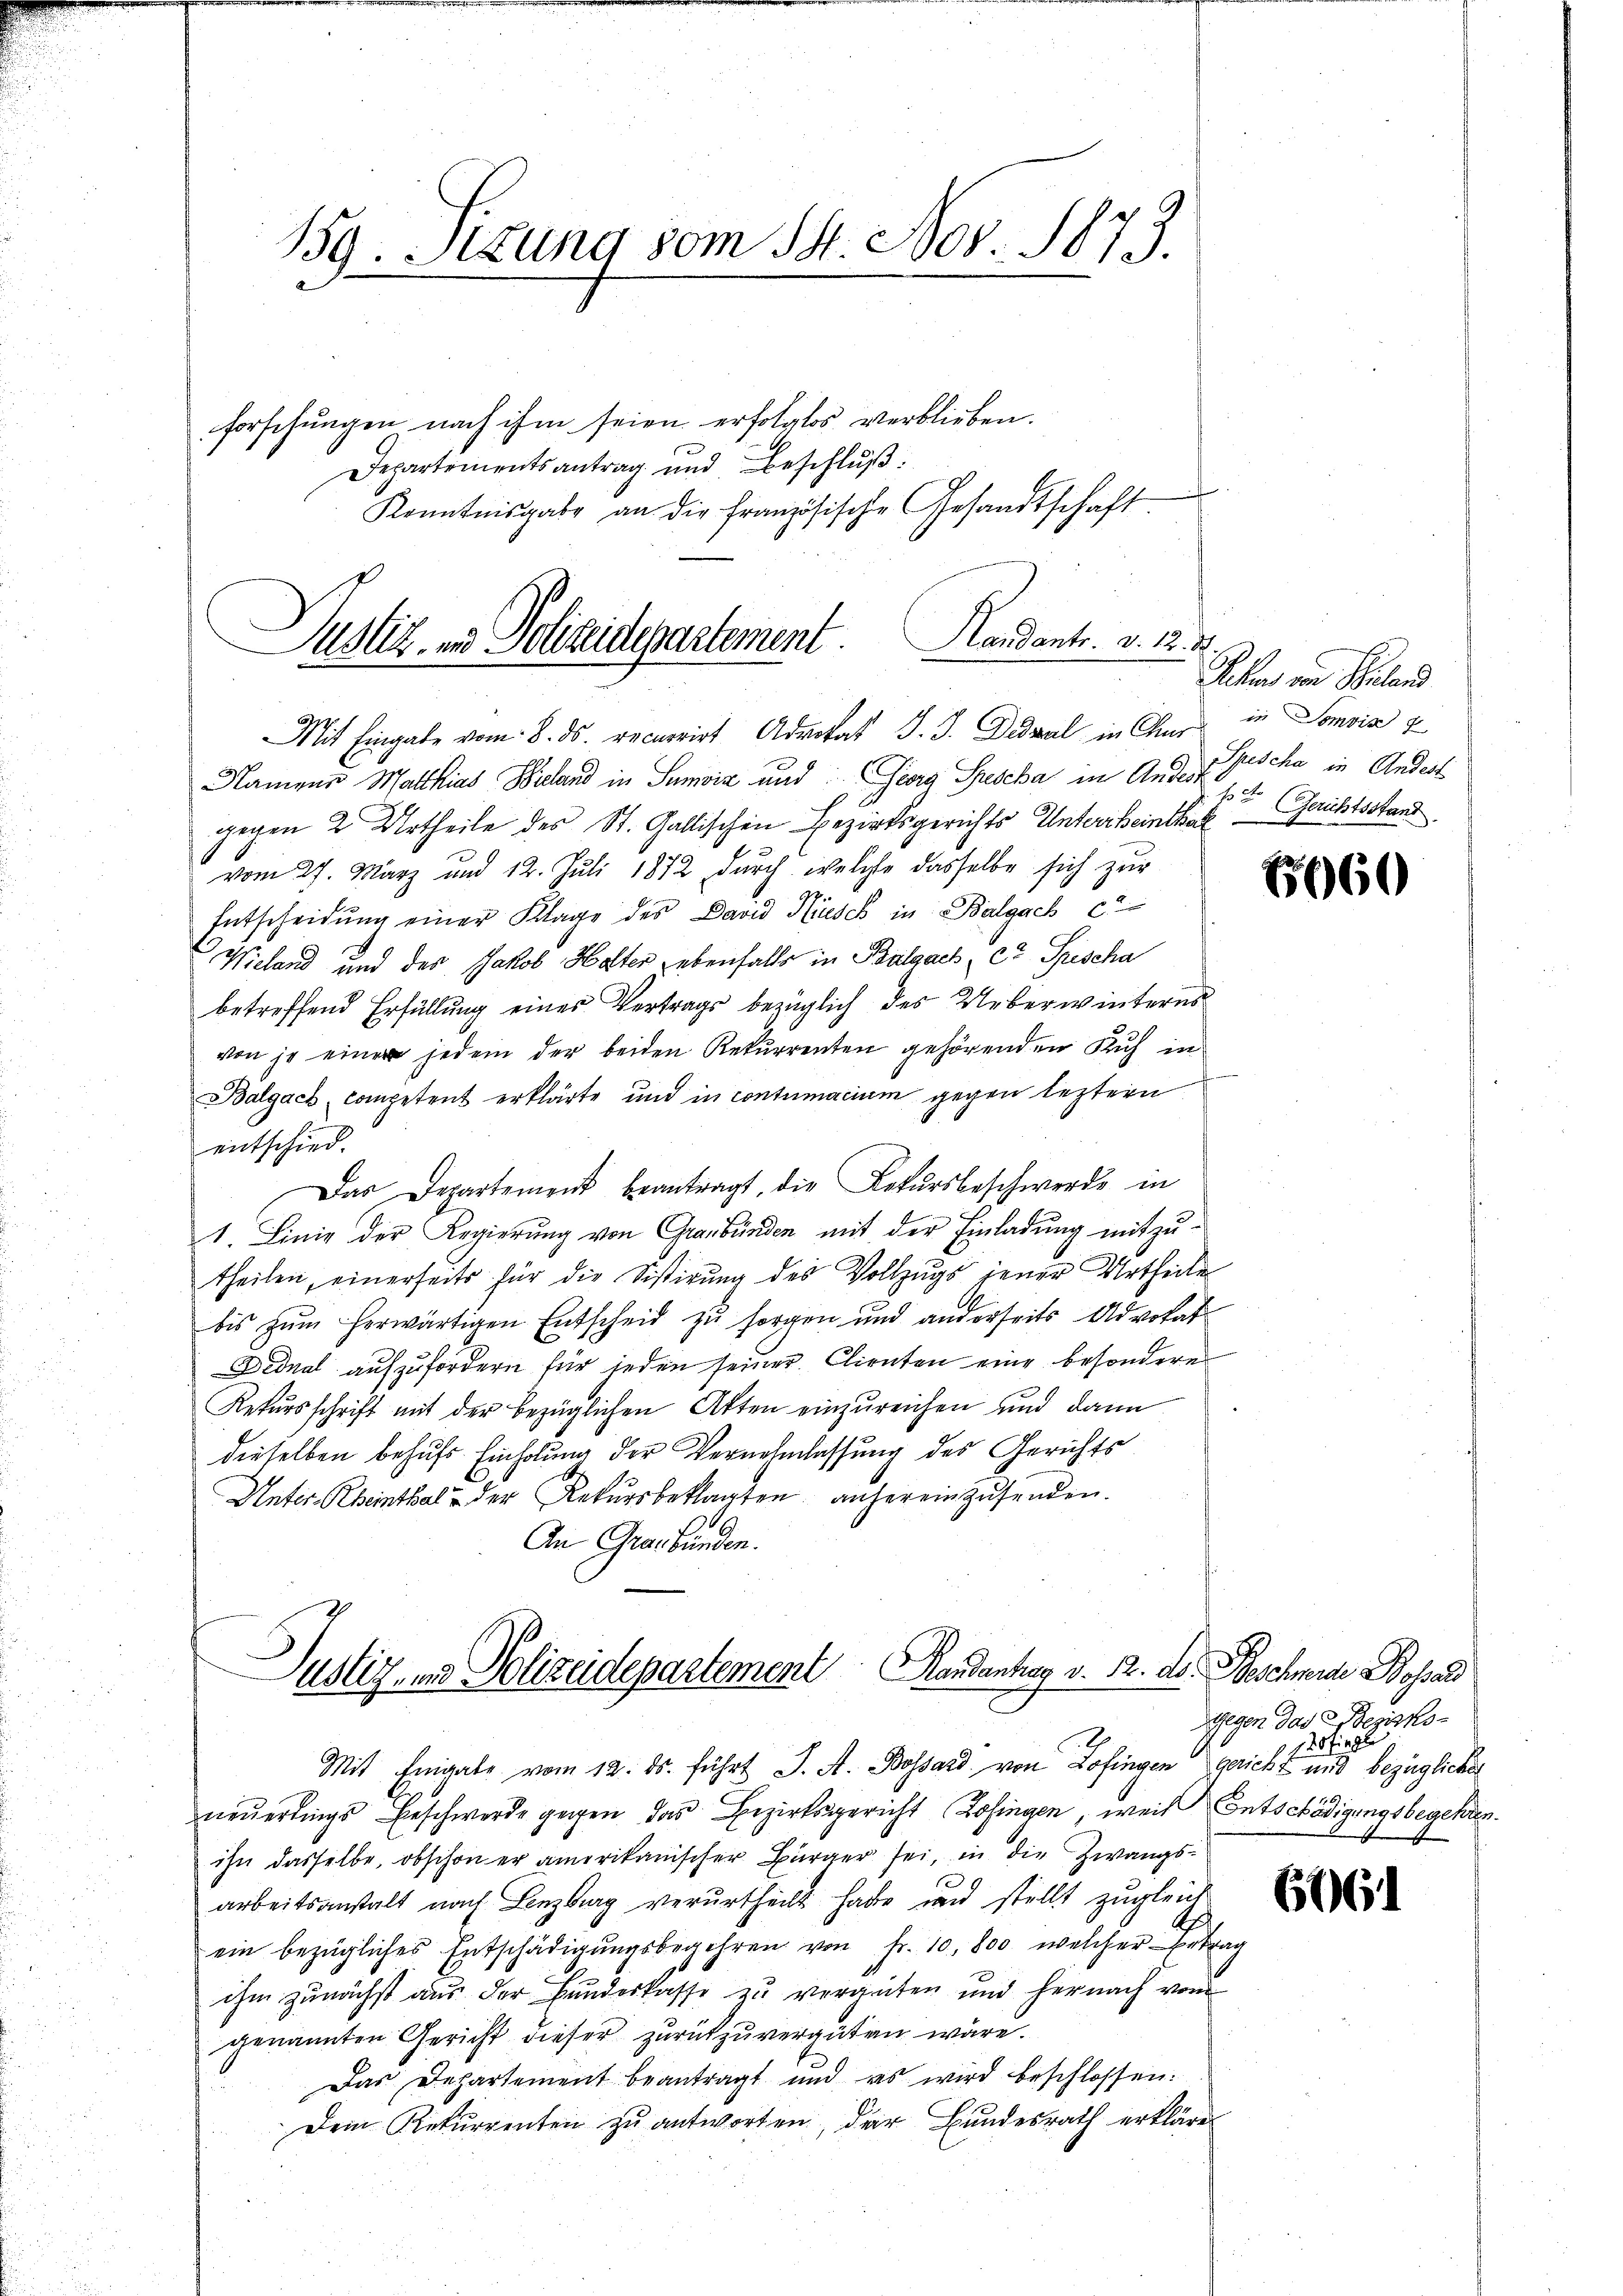
159. Sitzung vom 14. Nov. 1873.

forschungen nach ihm seien erfolglos verblieben.
Departementsantrag und Beschlŭβ:
Kenntnisgabe an die französische Gesandtschaft

Justiz- und Polizeidepartement. Handants. v. M. D.

Mit Eingabe vom 8. ds. recurrirt Advokat J. J. Deval in Chur in Somvis
Namens Matthias Biland in Seiz und Georg Prescha in Angst sche in Andert
gegen 2 Urtheile des St. Gallischen Bezirksgerichts Untertheintha
vom 27. März und 12. Juli 1872 durch welche dasselbe sich zur
Entscheidŭng einer Klage des David Küsch in Balgach ca
Wieland und des Jakob Halter Lebenfalls in Balgach, et Frischa
betreffend Erfüllung einer Vertrags bezüglich des Ueberwinteres
von je einer jedem der beiden Rekurrenten gehörenden Kuh in
Balgach Competent erklärte und in contumacium gegen leztern
entschied.
Das Departement beantragt, die Rekŭrsbeschwerde in
1. Linie der Regierung von Graubünden mit der Einladung mitzu-
theilen, einerseits für die Sistirung des Vollzugs jener Urtheile
bis zum herwärtigen Entscheid zu sorgen und anderseits Advokat
Dednal aufzufordern für jeden seiner Clienten eine besondere
Rekursschrift mit der bezüglichen Akten einzureichen und dann
dieselben behufs Einholung der Vernehmlassung des Gerichts
Unter-Rheinthal & der Rekursbeklagten anhereinzusenden.
An Graubünden.

Justiz- und Polizeidepartement andantrag v. 22. ds. Beschwerde Bossard

h
Ackurs von Biland
ft (Gerichtsstand

Mit Eingabe vom 12. ds. führt J. A. Bossard von Zofingen gericht und bezügliches
neŭerdings Beschwerde gegen das Bezirksgericht Zofingen, weis Entschädigungsbegehren.
ihn dasselbe, obschon er amerikanischer Bürger sei, in die Zwangsarbeitsanstalt nach Lenzburg verurtheilt habe und stellt zugleich
ein bezügliches Entschädigŭngsbegehren von Fr. 10, 800 welcher Ertrag
ihm zunächst aus der Bundeskasse zu vergüten und hernach vom
genannten Gericht dieser zurückzuvergüten wäre.
Das Departement beantragt und es wird beschlossen.
Dem Rekurrenten zu antworten, der Bundesrath erkläre

65960

Wegen das Bezirkss Ziegle

606